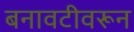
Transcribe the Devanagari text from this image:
बनावटीवरून